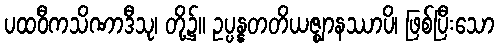
ပထဝီကသိဏာဒီသု၊ တို့၌။ ဥပ္ပန္နတတိယဇ္ဈာနဿာပိ၊ ဖြစ်ပြီးသော